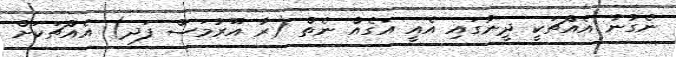
ނެގުނު އެއްޗަކީ ދީނުގައި އެއީ އަގެއް ނެތް (ރާ އޫރުމަސް ފަދ) އެއްޗަކަށް